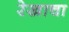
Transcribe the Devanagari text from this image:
रेखाचा